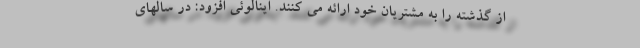
از گذشته را به مشتریان خود ارائه می کنند. اینالوئی افزود: در سالهای